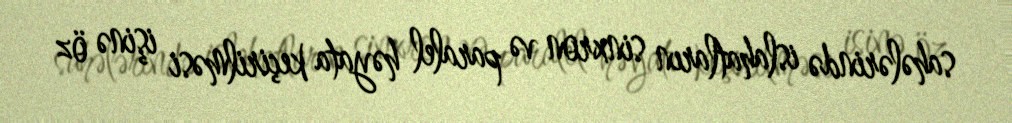
sahələrində islahatların sinxron və paralel həyata keçirilməsi işinə öz